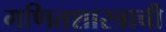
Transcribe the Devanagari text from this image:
गणितशास्त्राची